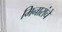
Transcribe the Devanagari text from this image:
मिनारांचे